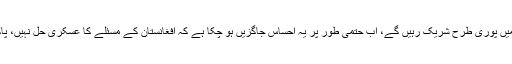
شنگھائی تعاون تنظیم کی انسداد دہشت گردی کیلئے کوششوں میں پوری طرح شریک رہیں گے، اب حتمی طور پر یہ احساس جاگزیں ہو چکا ہے کہ افغانستان کے مسئلے کا عسکری حل نہیں، پاکستان دہشتگردی کی تمام اقسام اور اشکال کی مذمت کرتا ہے۔